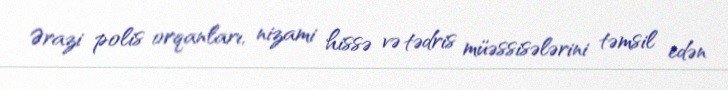
Ərazi polis orqanları, nizami hissə və tədris müəssisələrini təmsil edən